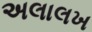
અલાલખ